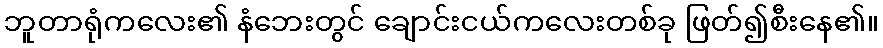
ဘူတာရုံကလေး၏ နံဘေးတွင် ချောင်းငယ်ကလေးတစ်ခု ဖြတ်၍စီးနေ၏။